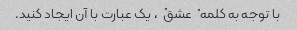
با توجه به کلمه "عشق"، یک عبارت با آن ایجاد کنید.